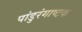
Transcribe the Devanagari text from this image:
पांडुरंगाष्टक